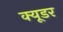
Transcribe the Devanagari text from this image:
क्यूडर